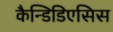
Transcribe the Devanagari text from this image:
कैन्डिडिएसिस